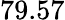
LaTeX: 79.57